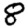
Digit: 8